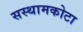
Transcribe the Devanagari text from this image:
सस्थामकोटा